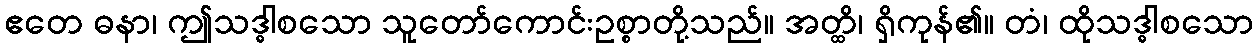
ဧတေ ဓနာ၊ ဤသဒ္ဓါစသော သူတော်ကောင်းဥစ္စာတို့သည်။ အတ္ထိ၊ ရှိကုန်၏။ တံ၊ ထိုသဒ္ဓါစသော